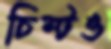
চিম্‌টও